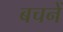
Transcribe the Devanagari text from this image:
बचनें